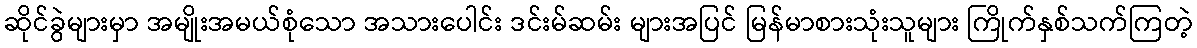
ဆိုင်ခွဲများမှာ အမျိုးအမယ်စုံသော အသားပေါင်း ဒင်းမ်ဆမ်း များအပြင် မြန်မာစားသုံးသူများ ကြိုက်နှစ်သက်ကြတဲ့